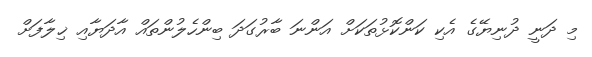
މި ދަނީ ދުނިޔޭގެ އެކި ކަންކޮޅުތަކަށް އަންނަ ބާރުގަދަ ބިންހެލުންތައް އާދަޔާއި ޚިލާފަށް